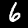
Digit: 6